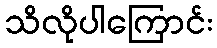
သိလိုပါကြောင်း